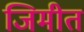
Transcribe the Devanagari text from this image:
जिमीत